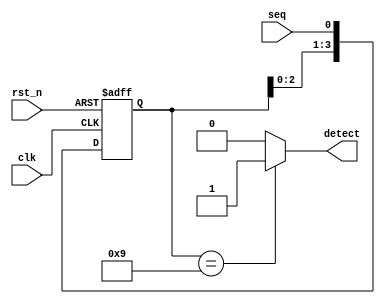
/*

1.4shift = 4b0000;
2.xshiftshift <= {shift[2:0], x};
3.shift1001.
*/
module Seq_detect_Shiftreg (
    input clk,
    input rst_n,
    input seq,
    output wire detect
);
    reg [3:0] shift;
    always @(posedge clk or negedge rst_n) begin
        if(!rst_n)
            shift <= 4'b0000;
        else
            shift <= {shift[2:0],seq};
    end
    assign detect = (shift == 4'b1001) ? 1 : 0;
endmodule